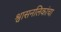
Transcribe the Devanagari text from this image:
श्वासनलिकांचा